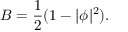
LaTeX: B = \frac { 1 } { 2 } ( 1 - | \phi | ^ { 2 } ) .